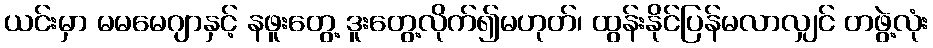
ယင်းမှာ မမမေဂျာနှင့် နဖူးတွေ့ ဒူးတွေ့လိုက်၍မဟုတ်၊ ထွန်းနိုင်ပြန်မလာလျှင် တဖွဲ့လုံး